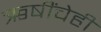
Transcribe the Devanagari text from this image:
ऋषींचेही